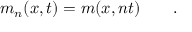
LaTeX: m _ { n } ( x , t ) = m ( x , n t ) \qquad .